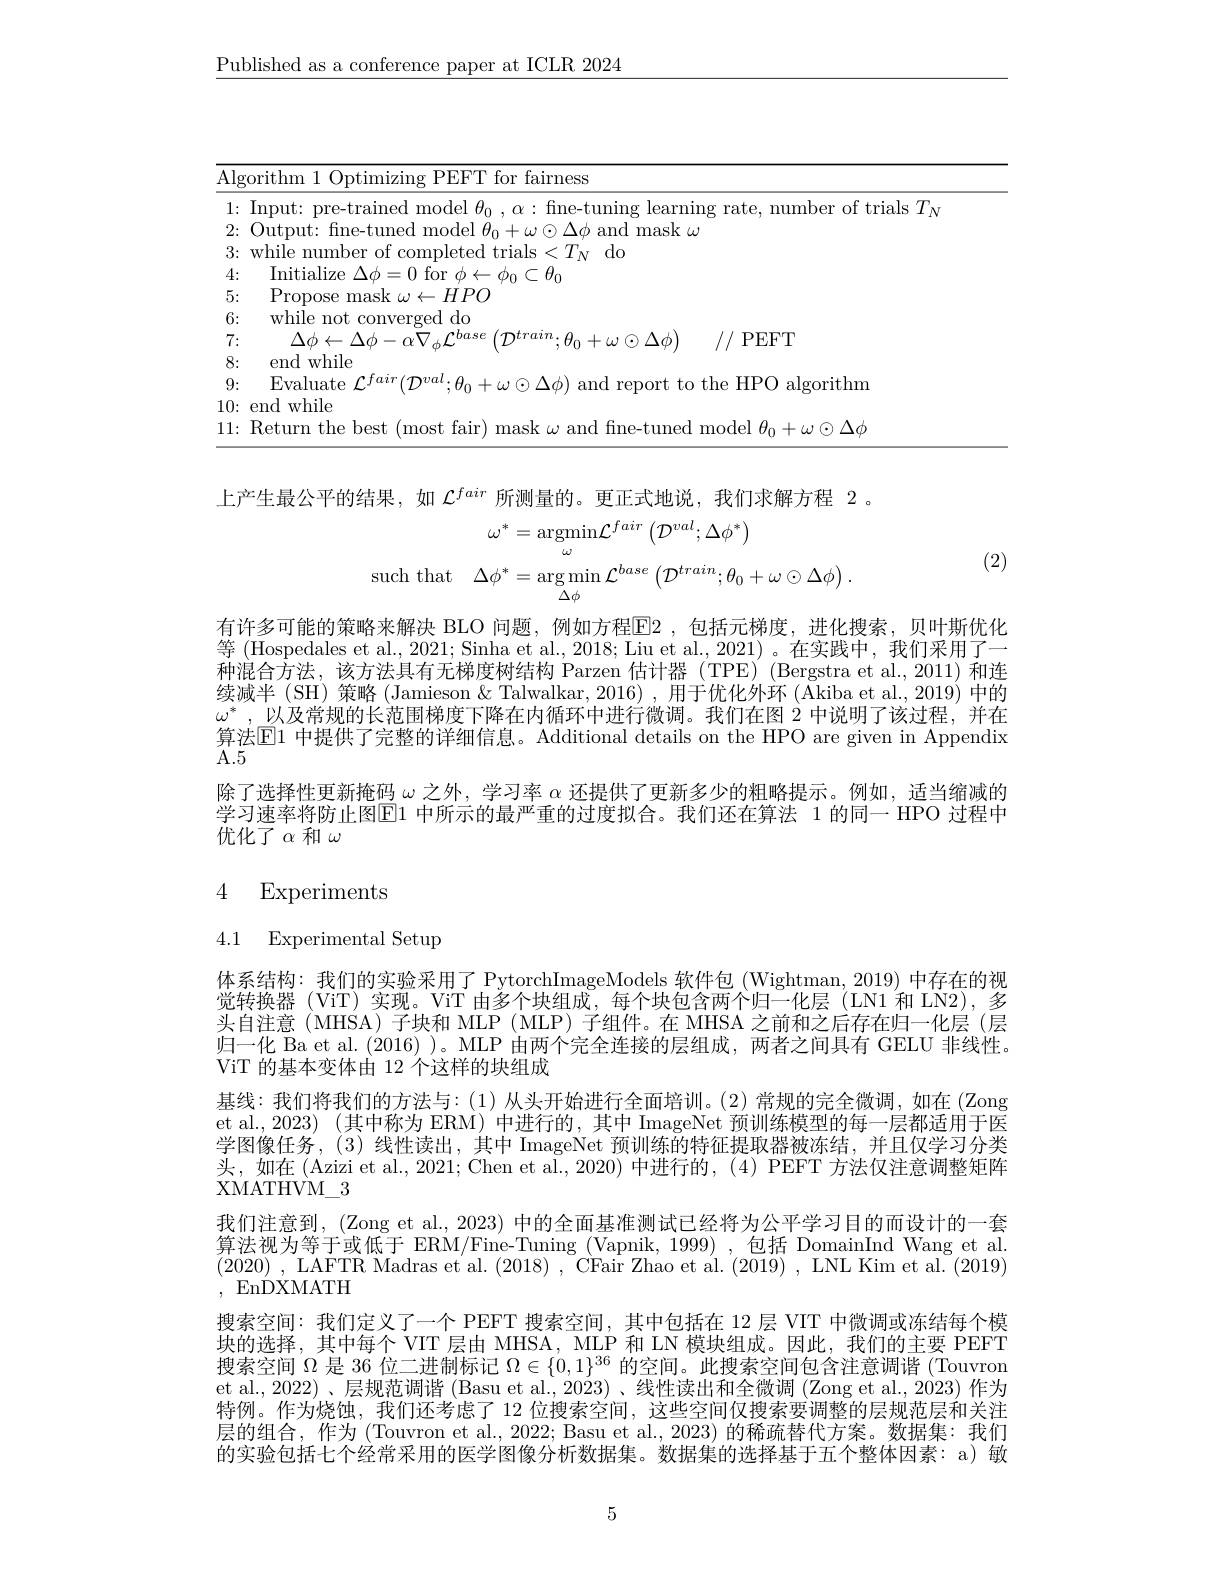
$\underline{\text{Published as a conference paper at ICLR 2024}}$

<table>
	<tbody>
		<tr>
			<td>$\underline{{\mathrm{Alg}}}.$</td>
			<td>$\mathrm{Al}_{\xi}$ 1 1</td>
			<td>rithm ()ntimizino PEF"T f for fairness</td>
		</tr>
		<tr>
			<td>1: </td>
			<td>1: 1 T 1</td>
			<td>$\dot{\mathbf{i}}_{\mathrm{a.|s}}$ nr</td>
		</tr>
		<tr>
			<td>2:</td>
			<td>2: T</td>
			<td>$l_{11}t_{2}$ and mask $\omega$</td>
		</tr>
		<tr>
			<td>3:</td>
			<td>3:</td>
			<td>while number of completed trials$<T_N$do</td>
		</tr>
		<tr>
			<td>4:</td>
			<td>$\angle A\bot$</td>
			<td>Initialize $\Delta \phi = 0$ for $\phi\leftarrow\phi_0\subset\theta_0$</td>
		</tr>
		<tr>
			<td>5:</td>
			<td>5: T T</td>
			<td>Propose mask $\omega\leftarrow HPO$</td>
		</tr>
		<tr>
			<td>6:</td>
			<td>6: 1</td>
			<td>while not converged do</td>
		</tr>
		<tr>
			<td>7:</td>
			<td>7 $\bullet$</td>
			<td>$\Lambda\phi\leftarrow\Lambda\phi=\alpha V+\int^{\upsilon use}$ $\mathcal{T}tra\boldsymbol{ı}\tau$ $+\omega\odot\Delta\phi$ //PEFT</td>
		</tr>
		<tr>
			<td>8:</td>
			<td>$X.$ </td>
			<td>end while</td>
		</tr>
		<tr>
			<td>9:</td>
			<td>9: 1 T</td>
			<td>Evaluate 11. 1// 110 115 and r ort to the HPO algorithm</td>
		</tr>
		<tr>
			<td>10:</td>
			<td>10:</td>
			<td>end while</td>
		</tr>
		<tr>
			<td>11: </td>
			<td>11: 1</td>
			<td>Return the best t lmost tair mask $m_{\mathrm{s}}$ 1+ e-tuned model 6 $-\mu_{1}\odot\Delta\Delta\alpha$</td>
		</tr>
	</tbody>
</table>

上产生最公平的结果，如$\mathcal{L}^fair$所测量的。更正式地说，我们求解方程 2。
$$\omega^{*}=\underset{\omega}{\operatorname*{argmin}}\mathcal{L}^{fair}\left(\mathcal{D}^{val};\Delta\phi^{*}\right)\\\mathrm{such~that}\quad\Delta\phi^{*}=\underset{\Delta\phi}{\operatorname*{argmin}}\mathcal{L}^{base}\left(\mathcal{D}^{train};\theta_{0}+\omega\odot\Delta\phi\right).$$
(2)

有许多可能的策略来解决 BLO 问题，例如方程E2，包括元梯度，进化搜索，贝叶斯优化等 (Hospedales et al., 2021; Sinha et al., 2018; Liu et al., 2021) 。在实践中，我们采用了一种混合方法，该方法具有无梯度树结构 Parzen 估计器 (TPE) (Bergstra et al.,2011) 和连续减半(SH) 策略 (Jamieson & Talwalkar, 2016) , 用于优化外环 (Akiba et al., 2019) 中的$\omega^*$,以及常规的长范围梯度下降在内循环中进行微调。我们在图 2 中说明了该过程，并在算法$\overline{\mathrm{E}}1$ 中提供了完整的详细信息。Additional details on the HPO are given in Appendix $\tilde{\mathrm{A.5}}$
除了选择性更新掩码$\omega$之外，学习率$\alpha$还提供了更新多少的粗略提示。例如，适当缩减的学习速率将防止图$\boxed{\mathrm{E}}1$ 中所示的最严重的过度拟合。我们还在算法 1 的同一 HPO 过程中优化了$\alpha$和$\omega$

# 4 Experiments

# 4.1 Experimental Setup

体系结构：我们的实验采用了 PytorchImageModels 软件包 (Wightman, 2019) 中存在的视觉转换器 (ViT) 实现。ViT 由多个块组成，每个块包含两个归一化层 (LN1和 LN2), 多头自注意(MHSA)子块和 MLP( MLP) 子组件。在 MHSA 之前和之后存在归一化层(层归一化 Ba et al.(2016) )。MLP 由两个完全连接的层组成，两者之间具有 GELU 非线性。ViT 的基本变体由 12 个这样的块组成
基线：我们将我们的方法与：(1)从头开始进行全面培训。(2)常规的完全微调，如在 (Zong et al., 2023) (其中称为 ERM) 中进行的，其中 ImageNet 预训练模型的每一层都适用于医学图像任务，(3) 线性读出，其中 ImageNet 预训练的特征提取器被冻结，并且仅学习分类头，如在 (Azizi et al., 2021; Chen et al., 2020) 中进行的，(4) PEFT 方法仅注意调整矩阵XMATHVM$\_$3
我们注意到，(Zong et al., 2023) 中的全面基准测试已经将为公平学习目的而设计的一套算法视为等于或低于 ERM/Fine-Tuning (Vapnik, 1999) ,包括 DomainInd Wang et al (2020) , LAFTR Madras et al. (2018) , CFair Zhao et al. (2019) , LNL Kim et al.(2019) ,EnDXMATH
搜索空间：我们定义了一个 PEFT 搜索空间，其中包括在 12 层 VIT 中微调或冻结每个模块的选择，其中每个 VIT 层由 MHSA, MLP 和 LN 模块组成。因此，我们的主要 PEFT 搜索空间$\Omega$是 36 位二进制标记$\Omega\in\{0,1\}^{36}$的空间。此搜索空间包含注意调谐(Touvron et al., 2022)、层规范调谐 (Basu et al., 2023)、线性读出和全微调 (Zong et al., 2023) 作为特例。作为烧蚀，我们还考虑了 12 位搜索空间，这些空间仅搜索要调整的层规范层和关注层的组合，作为 (Touvron et al., 2022; Basu et al., 2023) 的稀疏替代方案。数据集：我们的实验包括七个经常采用的医学图像分析数据集。数据集的选择基于五个整体因素：a)敏

5